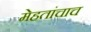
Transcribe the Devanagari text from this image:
मेहतांचाच